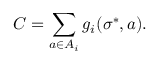
C = \sum _ { a \in A _ { i } } g _ { i } ( \sigma ^ { * } , a ) .